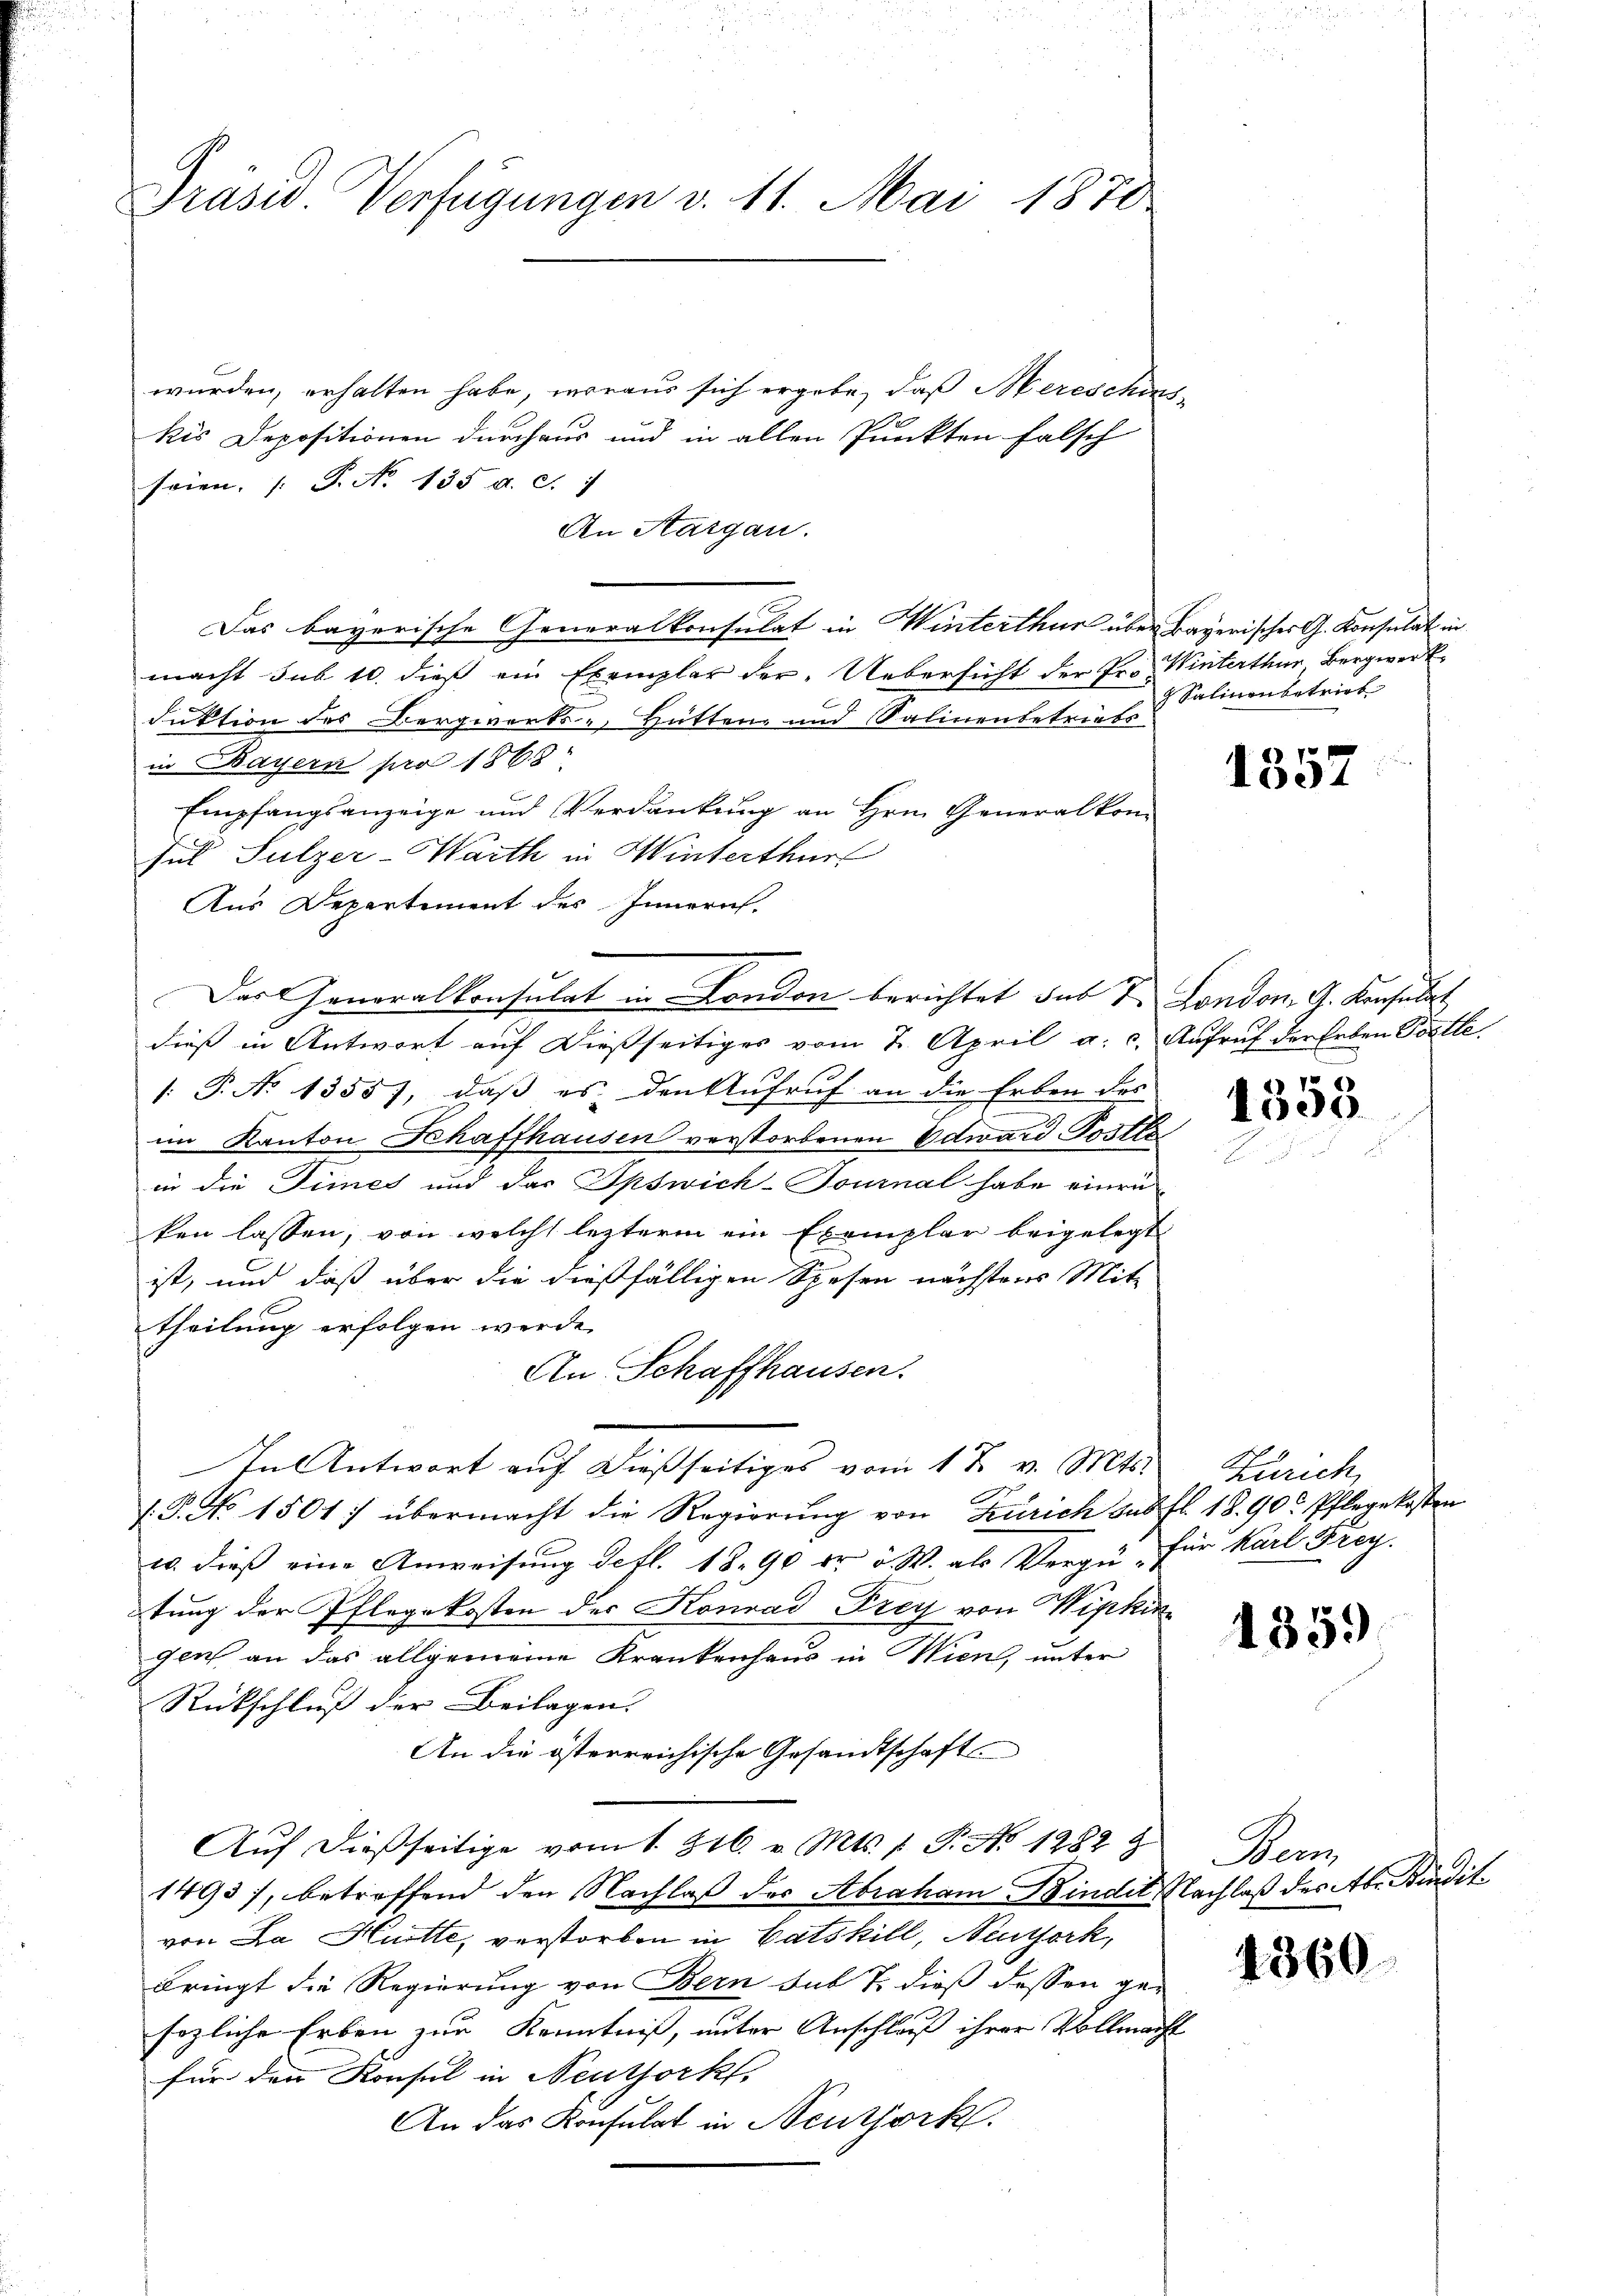
Präsid. Verfügungen v. 11. Mai 1870

wurden, erhalten habe, woraus sich ergebe, daß Mereschens-
kis Depositionen durchaus und in allen Punkten falsch
seien. (T. N. 135 a. c. 7
An Aargau.
Das bayerische Generalkonsulat in Winterthur über Bayerischer G. Konsulat in
macht sub 10. dieß ein Exemplar der Uebersicht der Pr. Winterthur Bergwerk
Fuktion des Bergwerks- Hütten und Salinenbetriebs
in Bayern pro 1868
Empfangsanzeige und Verdankung an Hrn. Generalkom
Jul Sulzer-Warth in Winterthur
Aus Departement des Innern.
dieß in Antwort auf dießseitiges vom 7. April a. c. Aufruf der Erben Postle
: P. No 13557, daß es den Aufruf an die Erben des
im Kanton Schaffhausen verstorbenen Odward Tritte
in die Times und das Spswich-Tournal habe einen
ken lassen, von welche lezterm ein Exemplar beigelegt
ist, und daß über die dießfälligen Spesen nächstens Mit-
theilung erfolgen werde.
An Schaffhausen.
In Antwort auf dießseitiges vom 1 t v. Mts.
c
/. P. No. 1501) übermacht die Regierŭng von Zürich das fl. 18. 90. Pflegekosten
u. dieß eine Anweisung defl. 18. 90 Fr. v. W. als Vergü- für Karl Frey.
tung der Pflegekosten der Konrad Frey von Wipkin
gen an das allgemeine Krankenhaus in Wien, unter
Rückschluß der Beilagen.
An die österreichische Gesandtschaft
Auf dießseitige vom 1. 816. v. Mts. f. P. No 1282 9
1493), betreffend den Nachlaß der Abraham Bindit Nachlaß des Ab. Bindit
von Da Hütte, verstorben in Catskill, Neuthork,
bringt die Regierung von Bern sub T. dieß dessen gefezliche Erben zur Kenntniß, unter Anschluß ihrer Vollmacht
für den Konsul in Neuthork
An das Konsulat in Neuthork

Das Generalkonsulat in London berichtet das T. London. G. Konsulat

Salinenbetrieb

1352

1355

Zürich

1359

Dem

4360.